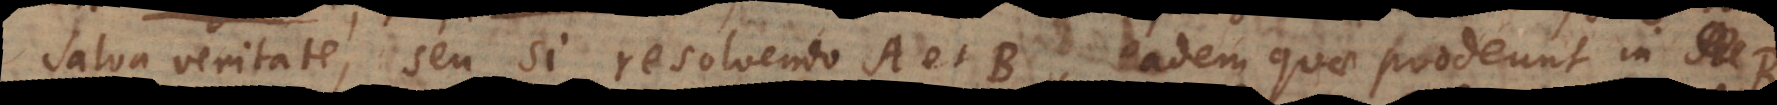
salva veritate, seu si resolvendo A et B, eadem quae prodeunt in